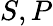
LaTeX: S,P